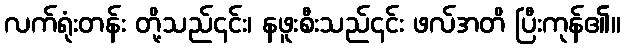
လက်ရုံးတန်း တို့သည်၎င်း၊ နဖူးစီးသည်၎င်း ဖလ်အတိ ပြီးကုန်၏။